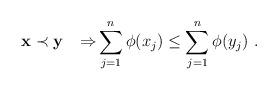
LaTeX: \begin{align*}{\bf x} \prec {\bf y} \quad{\Rightarrow} \sum_{j=1}^n \phi(x_j) \leq \sum_{j=1}^n \phi(y_j)\ .\end{align*}